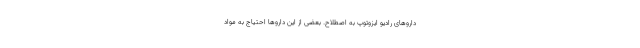
داروهای رادیو ایزوتوپ به اصطلاح. بعضی از این داروها احتیاج به مواد